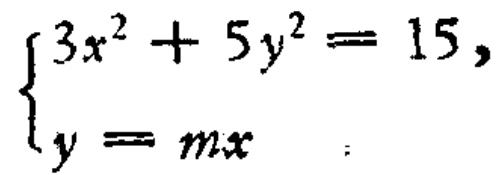
$\begin{cases}3x^{2}+5y^{2}=15,\\y = mx\end{cases}$